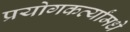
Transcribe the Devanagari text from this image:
प्रयोगकर्त्यांमधे